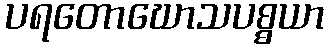
ပရတောဃောသပစ္စယာ